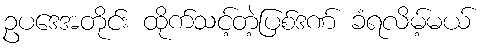
ဥပဒေအတိုင်း ထိုက်သင့်တဲ့ပြစ်ဒဏ် ခံရလိမ့်မယ်